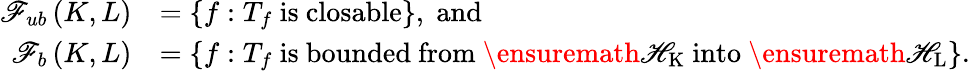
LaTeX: \begin{array}{rl}{\mathscr{F}_{ub}\left(K,L\right)}&{=\left\{ f:T_{f}\mathrm{~is~closable}\right\} ,\; \mathrm{and}}\\ {\mathscr{F}_{b}\left(K,L\right)}&{=\left\{ f:T_{f}\mathrm{~is~bounded~from~\ensuremath{\mathscr{H}_{K}}~into~\ensuremath{\mathscr{H}_{L}}}\right\} .}\end{array}